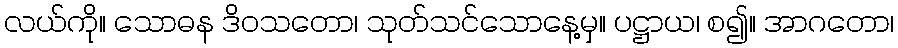
လယ်ကို။ သောဓန ဒိဝသတော၊ သုတ်သင်သောနေ့မှ။ ပဋ္ဌာယ၊ စ၍။ အာဂတော၊